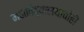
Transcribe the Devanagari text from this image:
महाविद्यालयाचीही